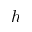
h